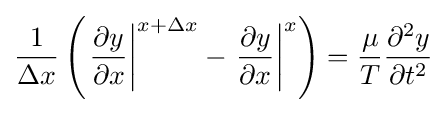
{\frac {1}{\Delta x}}\left(\left.{\frac {\partial y}{\partial x}}\right|^{x+\Delta x}-\left.{\frac {\partial y}{\partial x}}\right|^{x}\right)={\frac {\mu }{T}}{\frac {\partial ^{2}y}{\partial t^{2}}}